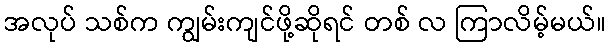
အလုပ် သစ်က ကျွမ်းကျင်ဖို့ဆိုရင် တစ် လ ကြာလိမ့်မယ်။